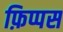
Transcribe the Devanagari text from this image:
फ़िप्पस